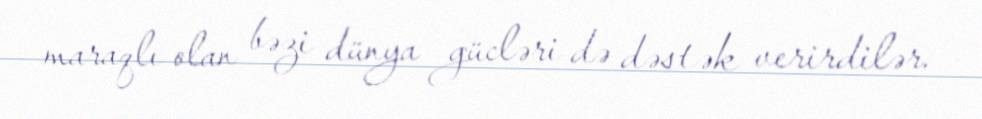
maraqlı olan bəzi dünya gücləri də dəstək verirdilər.